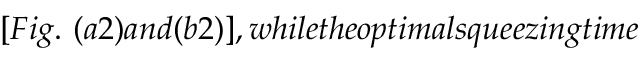
[ F i g . ~ ( a 2 ) a n d ( b 2 ) ] , w h i l e t h e o p t i m a l s q u e e z i n g t i m e